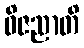
ဝိဇညာတိ